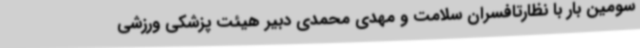
سومین بار با نظارتافسران سلامت و مهدی محمدی دبیر هیئت پزشکی ورزشی